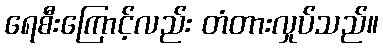
ရေစီးကြောင့်လည်း တံတားလှုပ်သည်။